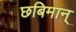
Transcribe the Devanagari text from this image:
छबिमान्